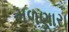
મળણારા